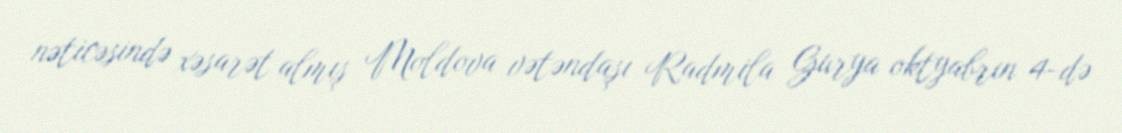
nəticəsində xəsarət almış Moldova vətəndaşı Radmila Gurya oktyabrın 4-də